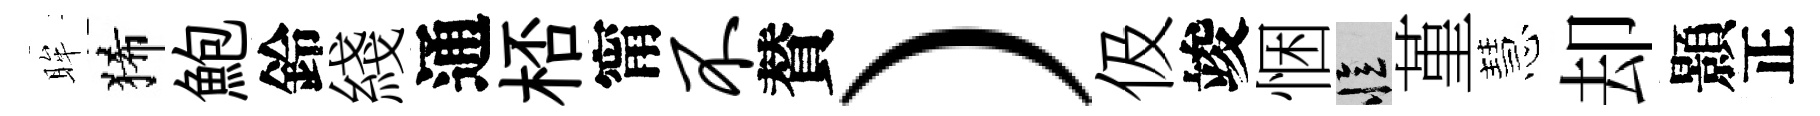
眸狶鮑鈴綫通桮甯不賛）伋竣悃忆堇慧却顥正